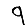
Digit: 9